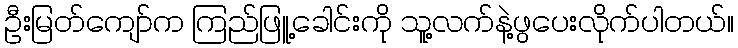
ဦးမြတ်ကျော်က ကြည်ဖြူ့ခေါင်းကို သူ့လက်နဲ့ဖွပေးလိုက်ပါတယ်။